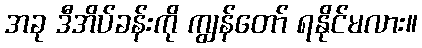
အခု ဒီအိပ်ခန်းကို ကျွန်တော် ရနိုင်မလား။